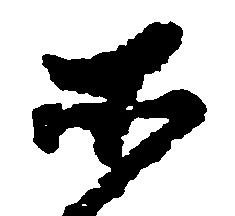
所